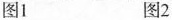
图1 图2